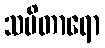
သမိတာရော